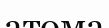
атома